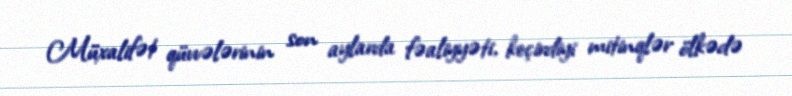
Müxalifət qüvvələrinin son aylarda fəaliyyəti, keçirdiyi mitinqlər ölkədə